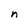
Character: n